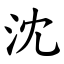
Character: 沈